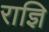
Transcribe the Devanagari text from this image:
राज्ञि